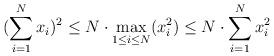
LaTeX: \begin{align*}(\sum_{i=1}^N x_i)^2 \leq N \cdot \max_{1 \leq i \leq N} (x_i^2) \leq N \cdot \sum_{i=1}^N x_i^2\end{align*}